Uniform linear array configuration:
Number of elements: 48
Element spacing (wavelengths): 0.75
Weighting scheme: uniform
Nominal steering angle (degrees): -45
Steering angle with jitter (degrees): -46.643
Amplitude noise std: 0.05
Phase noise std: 0.05

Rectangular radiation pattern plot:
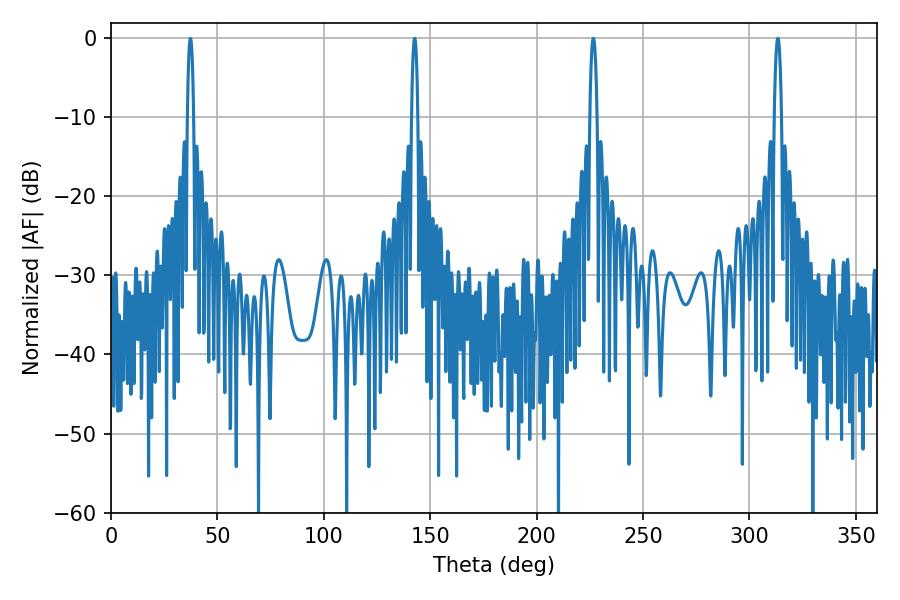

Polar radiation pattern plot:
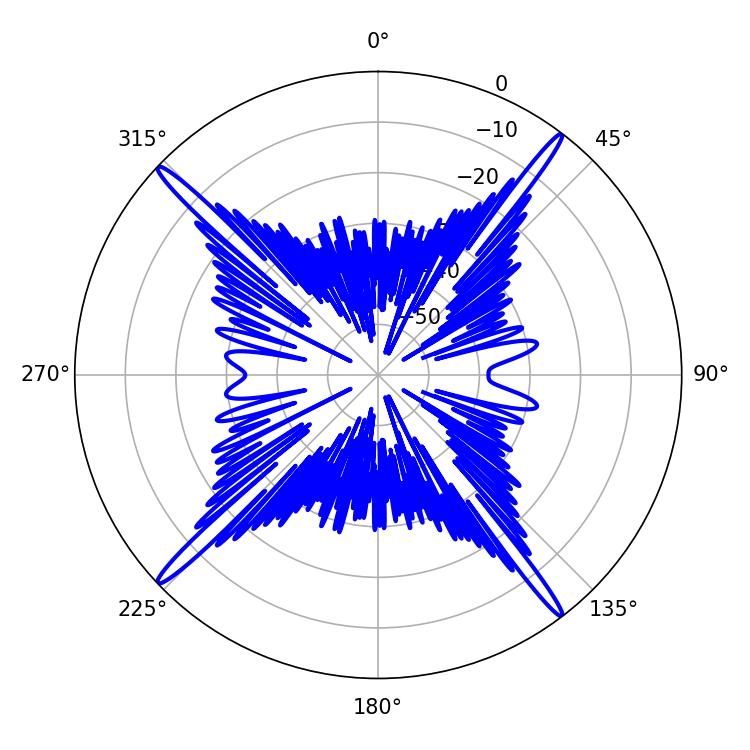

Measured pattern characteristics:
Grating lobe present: TRUE
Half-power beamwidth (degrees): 1.8
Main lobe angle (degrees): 226.62